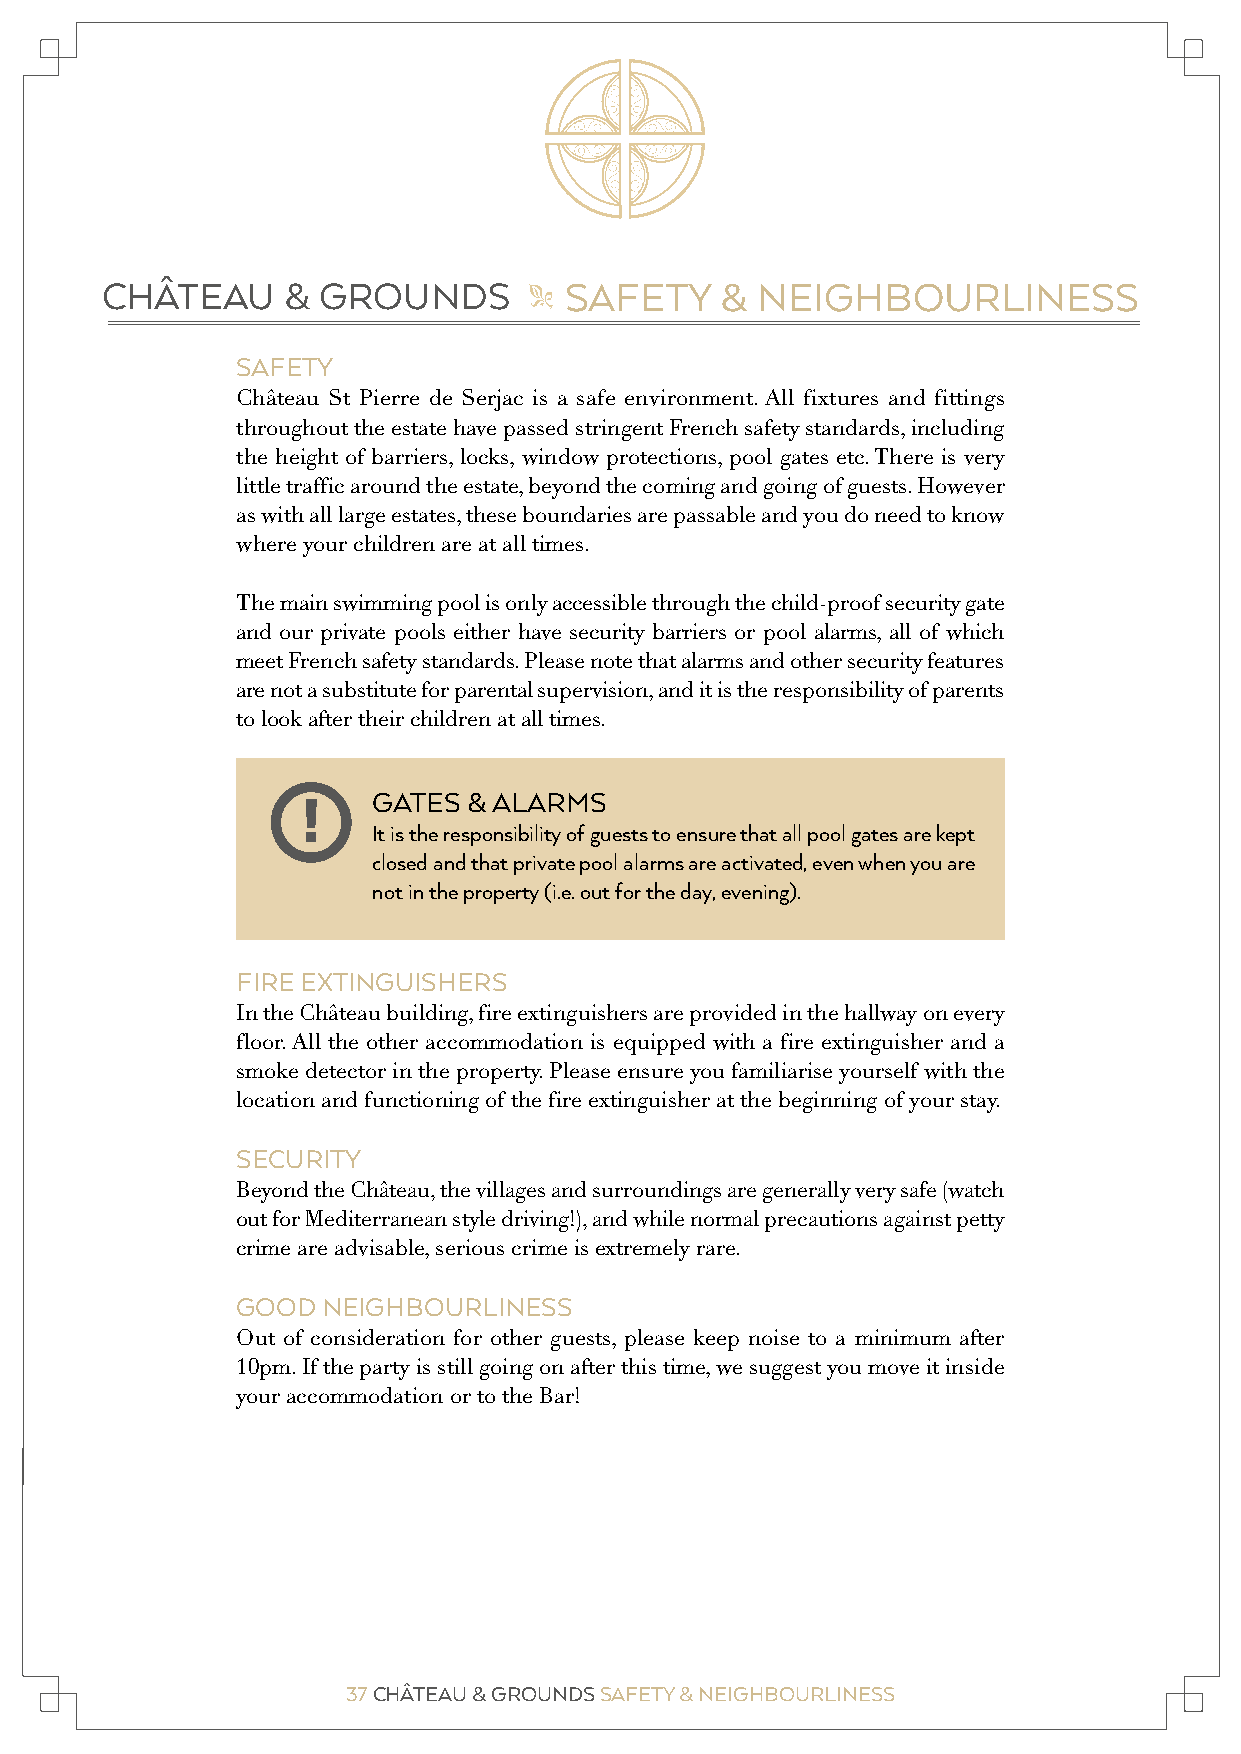
CHÂTEAU & GROUNDS SPORTS FACILITIES CHÂTEAU & GROUNDS SAFETY & NEIGHBOURLINESS
 "                                  "
 SAFETY
 Château St Pierre de Serjac is a safe environment. All fixtures and fittings
 throughout the estate have passed stringent French safety standards, including
 the height of barriers, locks, window protections, pool gates etc. There is very
 little traffic around the estate, beyond the coming and going of guests. However
 as with all large estates, these boundaries are passable and you do need to know
 where your children are at all times.
 The main swimming pool is only accessible through the child-proof security gate
 and our private pools either have security barriers or pool alarms, all of which
 meet French safety standards. Please note that alarms and other security features
 are not a substitute for parental supervision, and it is the responsibility of parents
 to look after their children at all times.
 GATES & ALARMS
 !
 It is the responsibility of guests to ensure that all pool gates are kept
 closed and that private pool alarms are activated, even when you are
 not in the property (i.e. out for the day, evening).
 FIRE EXTINGUISHERS
 In the Château building, fire extinguishers are provided in the hallway on every
 floor. All the other accommodation is equipped with a fire extinguisher and a
 smoke detector in the property. Please ensure you familiarise yourself with the
 location and functioning of the fire extinguisher at the beginning of your stay.
 SECURITY
 Beyond the Château, the villages and surroundings are generally very safe (watch
 out for Mediterranean style driving!), and while normal precautions against petty
 crime are advisable, serious crime is extremely rare.
 GOOD NEIGHBOURLINESS
 Out of consideration for other guests, please keep noise to a minimum after
 10pm. If the party is still going on after this time, we suggest you move it inside
 your accommodation or to the Bar!
 37 CHÂTEAU & GROUNDS SAFETY & NEIGHBOURLINESS